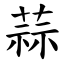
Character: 蒜